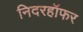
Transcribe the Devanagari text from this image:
निदरहॉफर